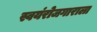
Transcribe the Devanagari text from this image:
स्वयंरोजगाराला